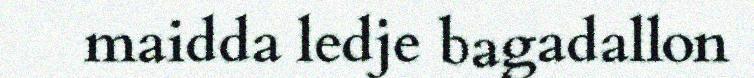
maidda ledje bagadallon